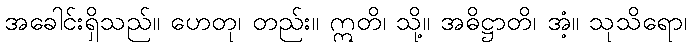
အခေါင်းရှိသည်။ ဟေတု၊ တည်း။ ဣတိ၊ သို့။ အဓိဋ္ဌာတိ၊ အံ့။ သုသိရော၊